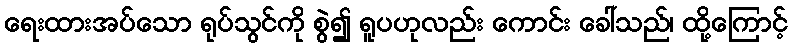
ရေးထားအပ်သော ရုပ်သွင်ကို စွဲ၍ ရူပဟုလည်း ကောင်း ခေါ်သည်၊ ထို့ကြောင့်